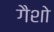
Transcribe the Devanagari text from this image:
गैशो